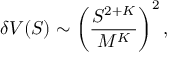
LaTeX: \delta V ( S ) \sim \left( \frac { S ^ { 2 + K } } { M ^ { K } } \right) ^ { 2 } ,